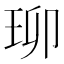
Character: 珋